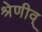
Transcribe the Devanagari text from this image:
श्रेणीव्